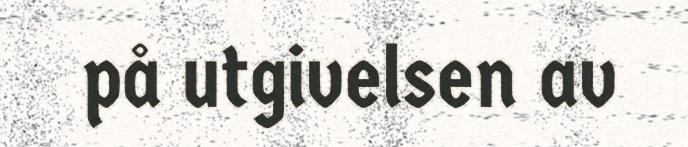
på utgivelsen av